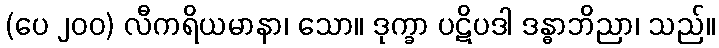
(ပေ ၂၀၀) လီကရိယမာနာ၊ သော။ ဒုက္ခာ ပဋိပဒါ ဒန္ဓာဘိညာ၊ သည်။